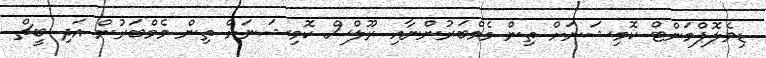
ޑިވެލޮޕްމަންޓް ކޮމިޝަނަށް ތިން މެމްބަރުންނާއި ރޫލްސް ކޮމިޝަނަށް ތިން މެމްބަރުން އަދި ބީޗް